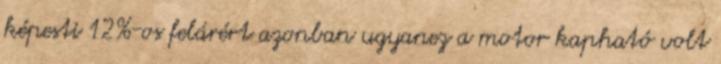
képesti 12%-os felárért azonban ugyanez a motor kapható volt